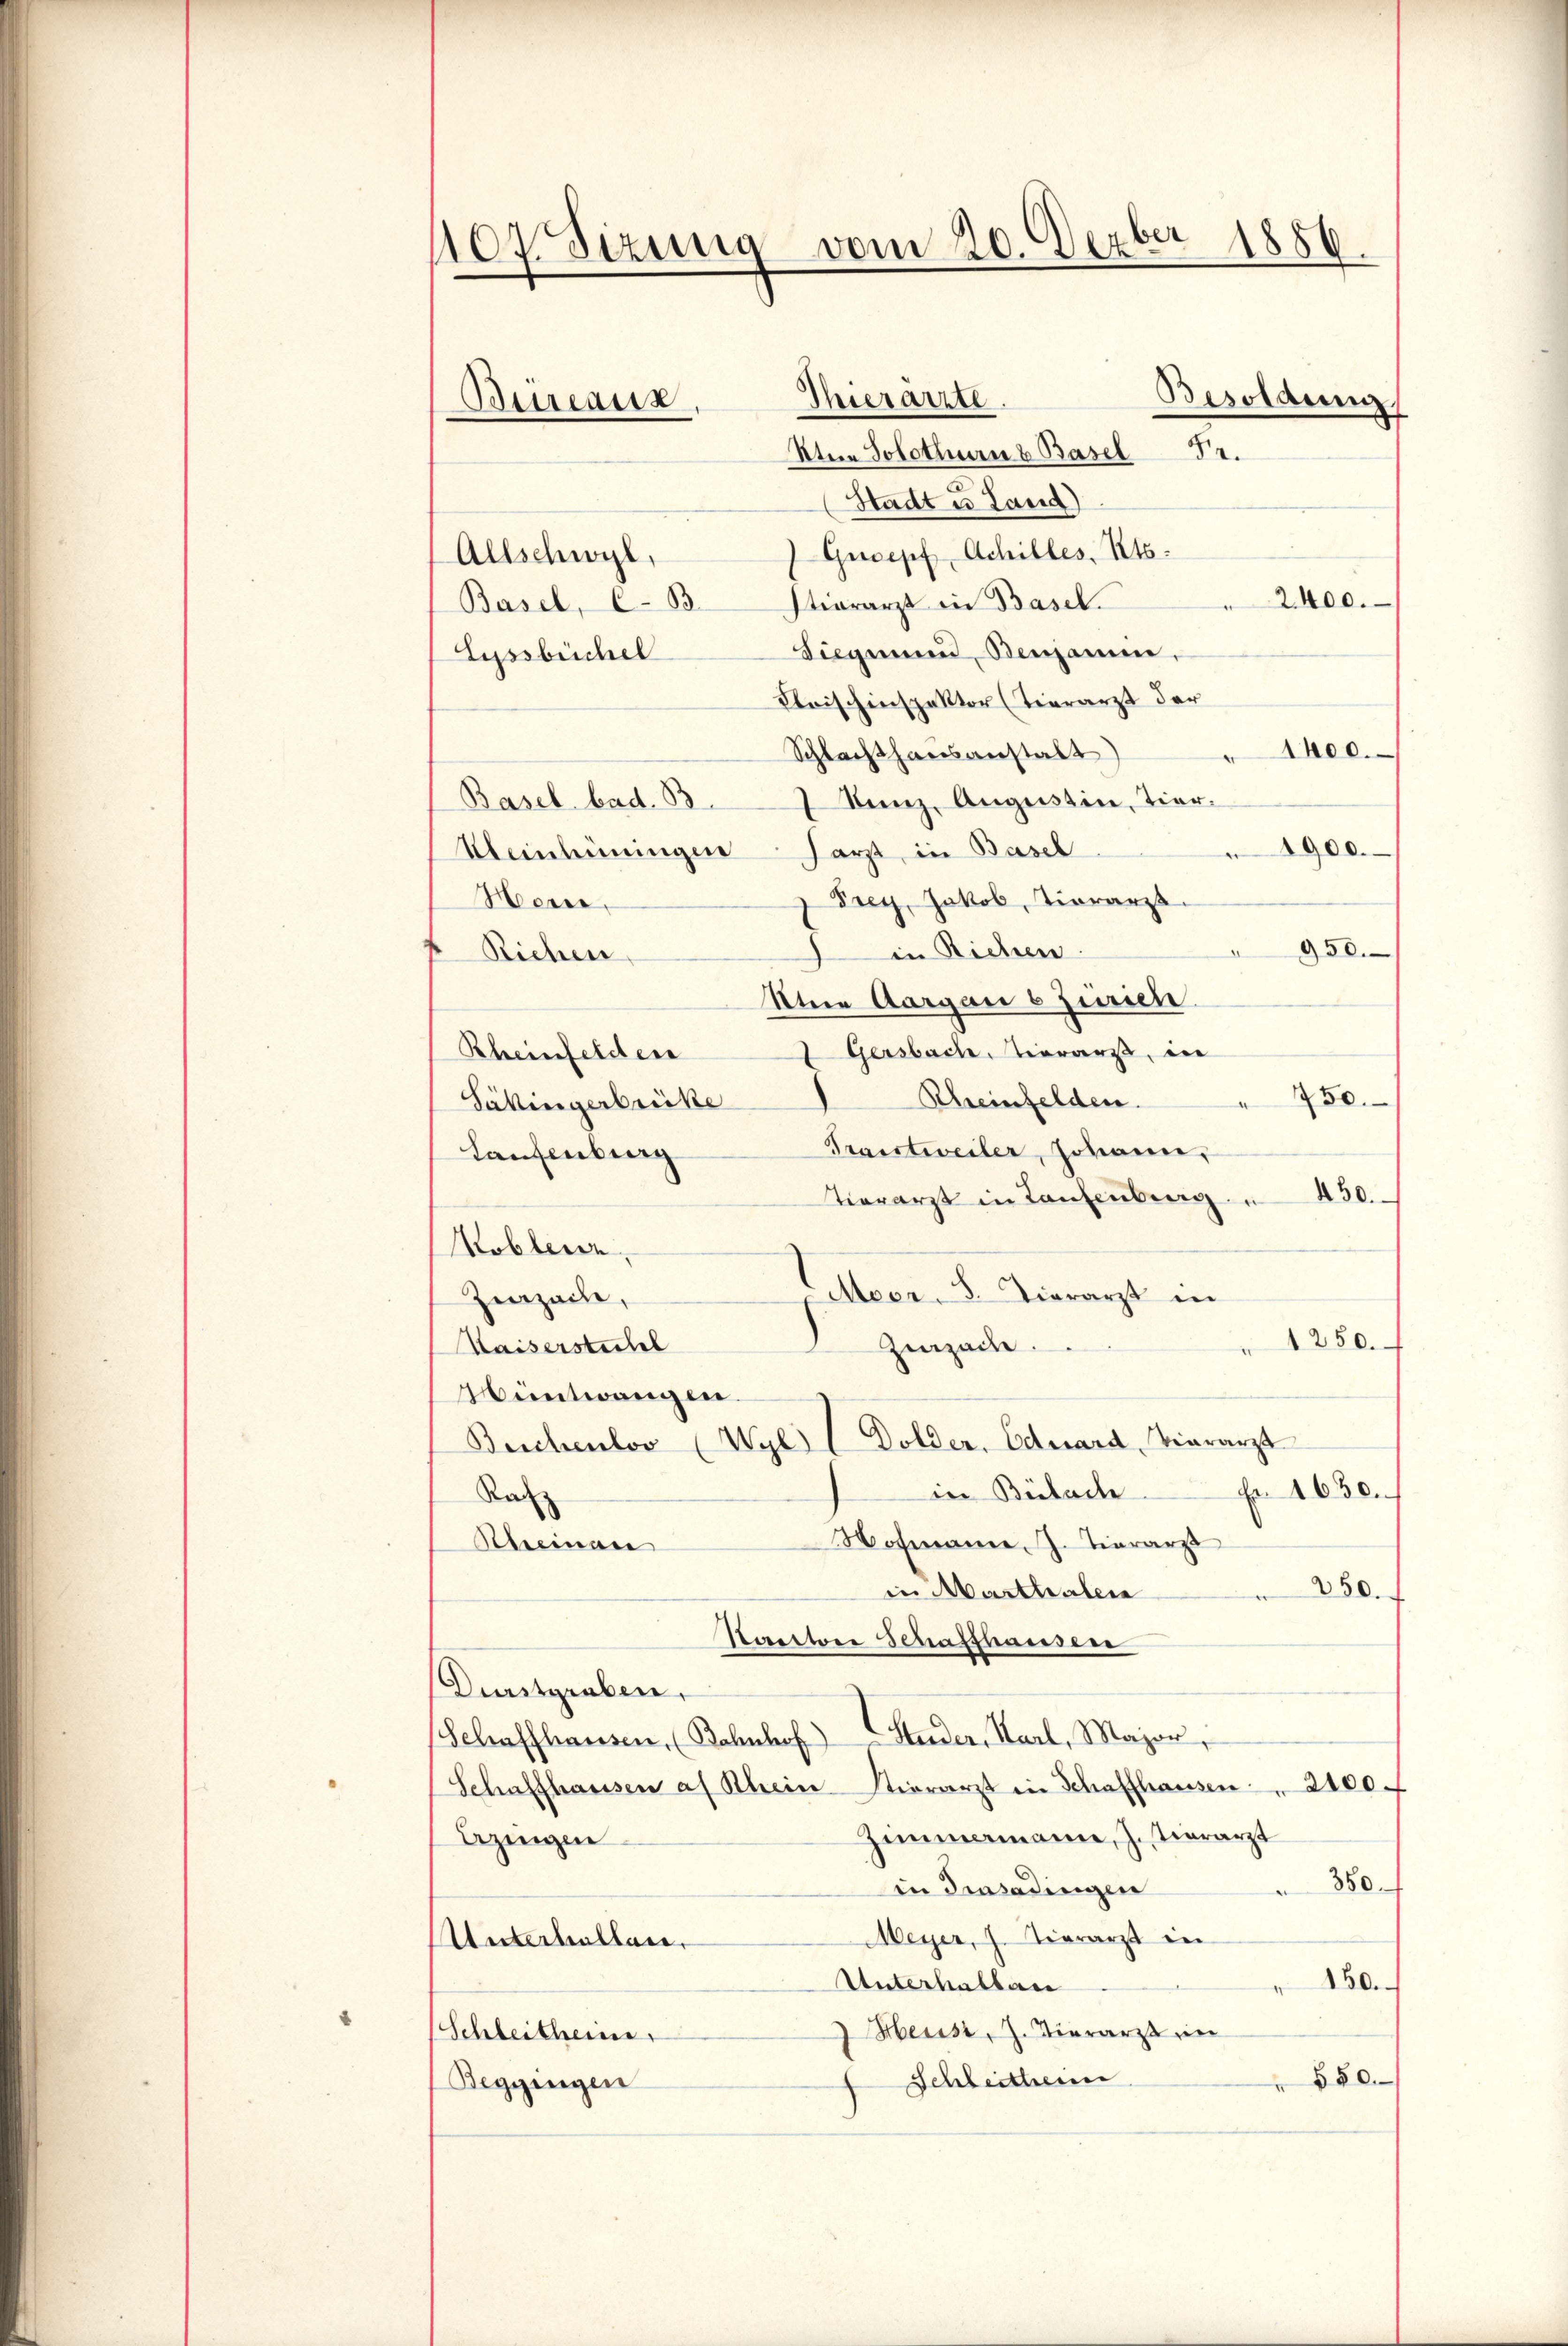
107 Sizung vom 20. Dezbr 1856.
Besoldung
Thierarzte.
Bureaux
kten Solothurn & Basel Fr.

Stadt u. Land
Gucepf Achilles, Kts.
Allschwyl,
2400.
Basel, C. 33 Stierarzt in Basel.
Siegmund Benjamine,
Lyssbüchel
Kloischinspektor (Tierarzt der
Aroc.
Schlachthausanstalt)
 Kanz. Augustin, Tier.
Basel bad. B.
1900.
Kleinhüringen Harzt, in Basel
Prey, Jakob, Tierarzt.
Henne,
950.
in Richen
Riehen
Stne Aargau s Jurien.
Gersbache, Tierarzt, in
Rheinfelden
 750.
Rheinfelden.
Säkingerbrücke
Transtweiler, Johann,
Laufenburg
Tierarzt in Taufenburg " 450.
Koblenz
Meer. S. Tierarzt in
Zizeile,
1250.
Zizache.
Kaiserstichel
Hüntwangen.
Beschenloo (Wyl I Dolder. Eduard, vierarzt
Fr 1630.
in Bülach
Ratz
Nohmann J. Tierarzt
Scheinau
in Marthalen
250.
Santtore Schaffhausen
Durstgraben.
Schaffhausen, (Bahnhof Studer, Karl, Major,
Schaffhausen af Rhein Stierarzt in Schaffhausen    2100.
Zimmermann, J. Tierarzt
azingen
350.
in densadingen
Meyer, J. Tierarzt in
Unterhaltene
150.
Unterhalbac
 Heust, J. Tierarzt in
(Schleitheine
550.
 Schleithern
Beggingen